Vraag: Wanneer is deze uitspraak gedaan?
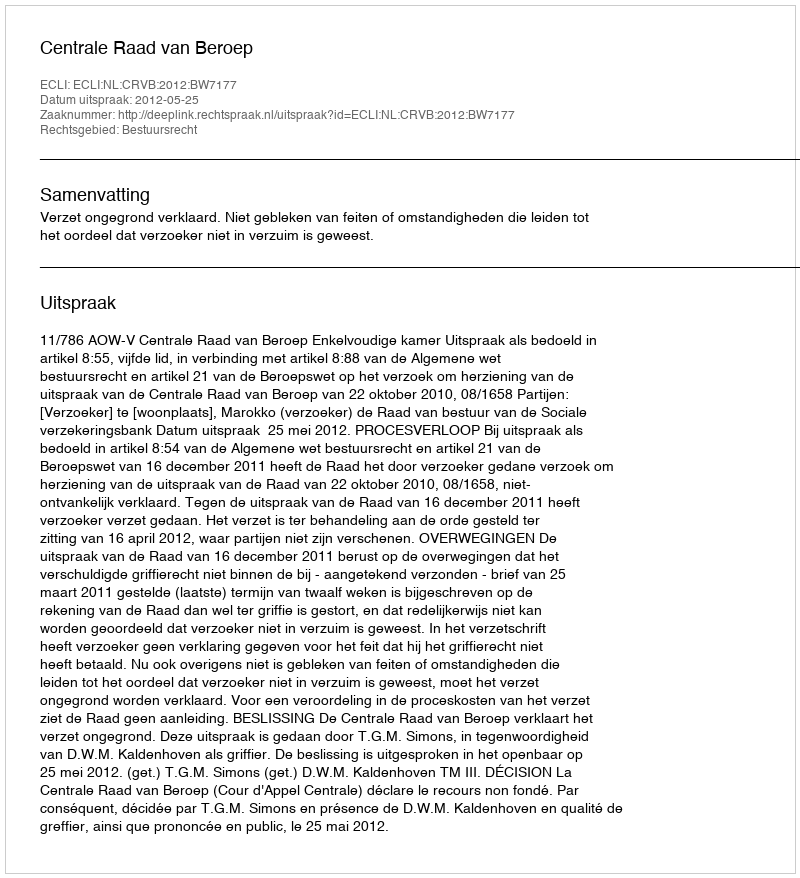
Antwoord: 2012-05-25